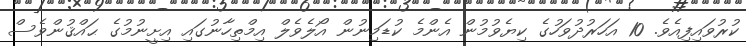
ކުރުވައިފިއެވެ. 10 އަހަރުދުވަހުގެ ކިޔެވުމުން އެންމެ ކުޑަމިނުން އޯލެވެލް އިމްތިހާނުގައި އިށީނުމުގެ ޙައްޤުންވެސް